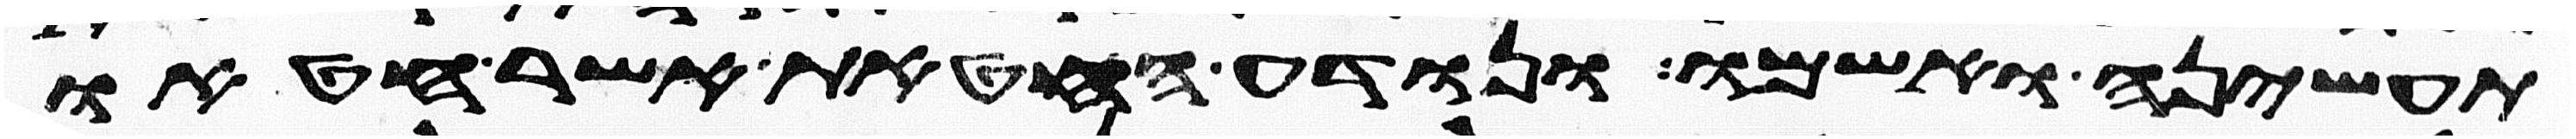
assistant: תעשיהן ואשמו ונודע החטאת אשר חטאו